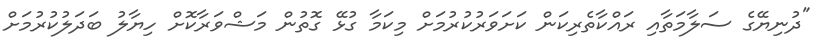
"ދުނިޔޭގެ ސަލާމަތާއި ރައްކާތެރިކަން ކަށަވަރުކުރުމަށް މިކަމާ ގުޅޭ ގޮތުން މަޝްވަރާކޮށް ހިޔާލު ބަދަލުކުރުމަށް